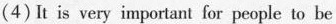
(4)It is very important for people to be